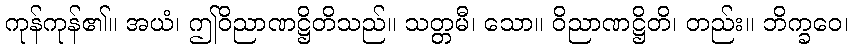
ကုန်ကုန်၏။ အယံ၊ ဤဝိညာဏဋ္ဌိတိသည်။ သတ္တမီ၊ သော။ ဝိညာဏဋ္ဌိတိ၊ တည်း။ ဘိက္ခဝေ၊